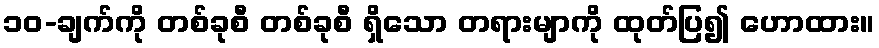
၁၀-ချက်ကို တစ်ခုစီ တစ်ခုစီ ရှိသော တရားမျာကို ထုတ်ပြ၍ ဟောထား။